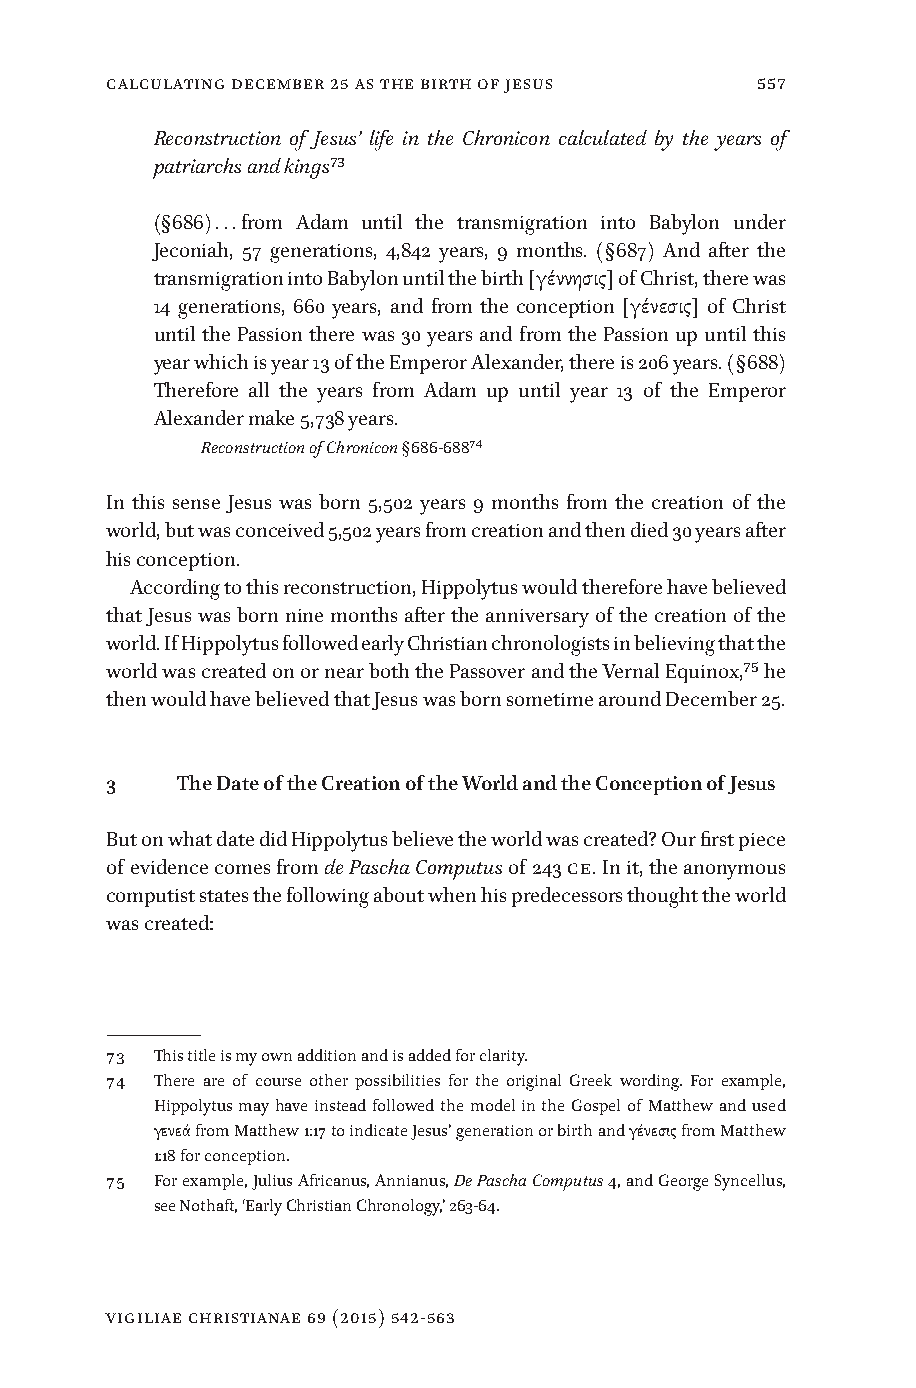
Calculating December 25 as the Birth of Jesus 557
 Reconstruction of Jesus’ life in the Chronicon calculated by the years of
 patriarchs and kings73
 (§686) . . . from Adam until the transmigration into Babylon under
 Jeconiah, 57 generations, 4,842 years, 9 months. (§687) And after the
 transmigration into Babylon until the birth [γέννησις] of Christ, there was
 14 generations, 660 years, and from the conception [γένεσις] of Christ
 until the Passion there was 30 years and from the Passion up until this
 year which is year 13 of the Emperor Alexander, there is 206 years. (§688)
 Therefore all the years from Adam up until year 13 of the Emperor
 Alexander make 5,738 years.
 Reconstruction of Chronicon §686-68874
 In this sense Jesus was born 5,502 years 9 months from the creation of the
 world, but was conceived 5,502 years from creation and then died 30 years after
 his conception.
 According to this reconstruction, Hippolytus would therefore have believed
 that Jesus was born nine months after the anniversary of the creation of the
 world. If Hippolytus followed early Christian chronologists in believing that the
 world was created on or near both the Passover and the Vernal Equinox,75 he
 then would have believed that Jesus was born sometime around December 25.
 3    The Date of the Creation of the World and the Conception of Jesus
 But on what date did Hippolytus believe the world was created? Our first piece
 of evidence comes from de Pascha Computus of 243 CE. In it, the anonymous
 computist states the following about when his predecessors thought the world
 was created:
 73 This title is my own addition and is added for clarity.
 74 There are of course other possibilities for the original Greek wording. For example,
 Hippolytus may have instead followed the model in the Gospel of Matthew and used
 γενεά from Matthew 1:17 to indicate Jesus’ generation or birth and γένεσις from Matthew
 1:18 for conception.
 75 For example, Julius Africanus, Annianus, De Pascha Computus 4, and George Syncellus,
 see Nothaft, ‘Early Christian Chronology,’ 263-64.
 vigiliae christianae 69 (2015) 542-563